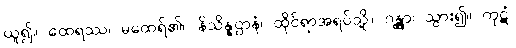
ယူ၍။ ထေရဿ၊ မထေရ်၏။ နိသိန္နဌာနံ၊ ထိုင်ရာအရပ်သို့။ ဂန္တွာ၊ သွား၍။ ကုဋံ၊